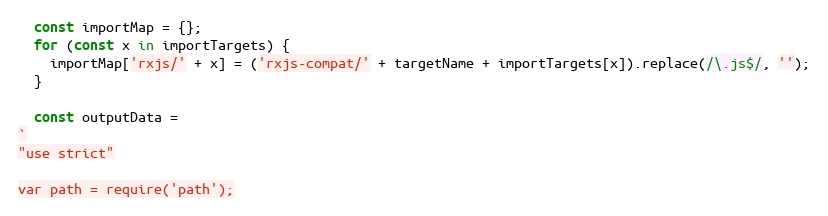
Language: JavaScript
  const importMap = {};
  for (const x in importTargets) {
    importMap['rxjs/' + x] = ('rxjs-compat/' + targetName + importTargets[x]).replace(/\.js$/, '');
  }

  const outputData =
`
"use strict"

var path = require('path');